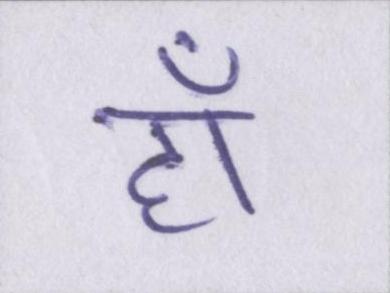
हाँ